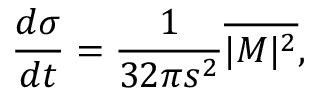
{ \frac { d \sigma } { d t } } = { \frac { 1 } { 3 2 \pi s ^ { 2 } } } \overline { { { | M | ^ { 2 } } } } ,